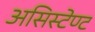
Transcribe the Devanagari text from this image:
असिस्टेण्ट